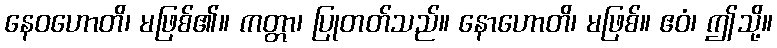
နေဝဟောတိ၊ မဖြစ်၏။ ကတ္တာ၊ ပြုတတ်သည်။ နောဟောတိ၊ မဖြစ်။ ဧဝံ၊ ဤသို့။